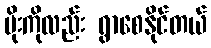
မိုးကိုလည်း ရွာစေနိုင်တယ်